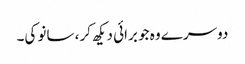
دوسرے وہ جو برائی دیکھ کر، سانو کی۔